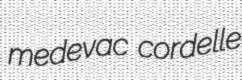
medevac cordelle